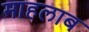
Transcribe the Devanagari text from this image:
माहलाब